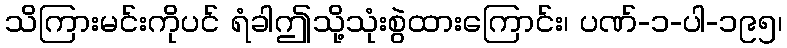
သိကြားမင်းကိုပင် ရံခါဤသို့သုံးစွဲထားကြောင်း၊ ပဏ်-၁-ပါ-၁၉၅၊